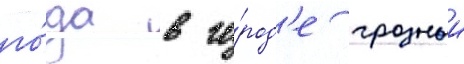
го́да в го́род'е грозныи